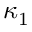
\kappa _ { 1 }